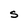
Character: S